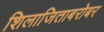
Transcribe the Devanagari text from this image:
शिलाजिताबरोबर